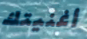
أغنيتك